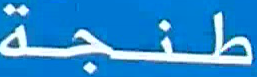
طنجة